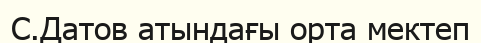
С.Датов атындағы орта мектеп